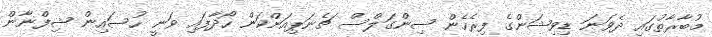
މުބާރާތުގައި ދެވަނަ ޑިވިޝަންގެ ފިރެހެން ސިންގަލްސް ޗެނަޕިއަންކަން ހޯދާފައި ވަނީ ހުސައިން ޝިފްނާން